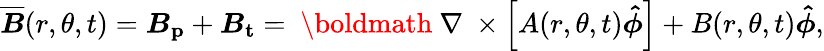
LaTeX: \boldsymbol{\overline{{B}}}(r,\theta,t)=\boldsymbol{B_{\mathrm{p}}}+\boldsymbol{B_{\mathrm{t}}}=\mathrm{~\boldmath~\nabla~}\times\left[A(r,\theta,t)\boldsymbol{\hat{\phi}}\right]+B(r,\theta,t)\boldsymbol{\hat{\phi}},